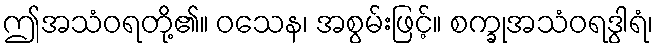
ဤအသံဝရတို့၏။ ဝသေန၊ အစွမ်းဖြင့်။ စက္ခုအသံဝရဒွါရံ၊